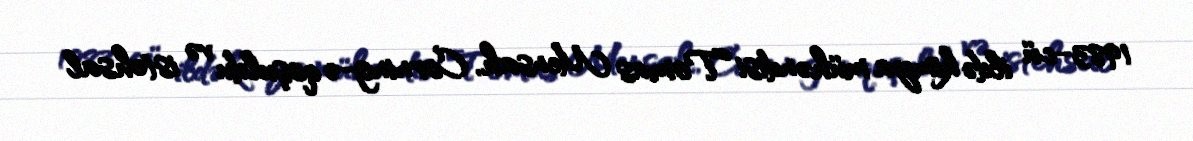
1983-cü ildə kimya mühəndisi Tomas Mensah, Corning-ə qoşuldu və istehsal